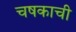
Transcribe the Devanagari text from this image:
चषकाची